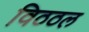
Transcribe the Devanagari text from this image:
विठठल